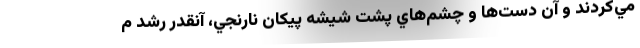
مي‌كردند و آن دست‌ها و چشم‌هاي پشت شيشه پيكان نارنجي، آنقدر رشد م